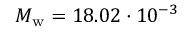
M _ { \mathrm { w } } = 1 8 . 0 2 \cdot 1 0 ^ { - 3 }